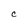
Character: C